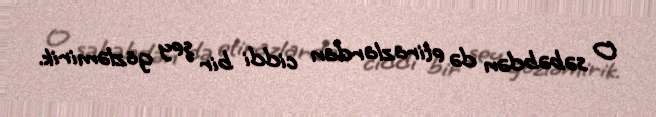
O səbəbdən də etirazlardan ciddi bir şey gözləmirik.